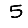
Digit: 5